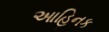
આહિનક